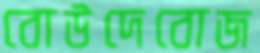
বোউদেবোজ